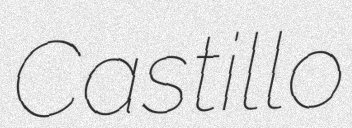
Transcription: Castillo